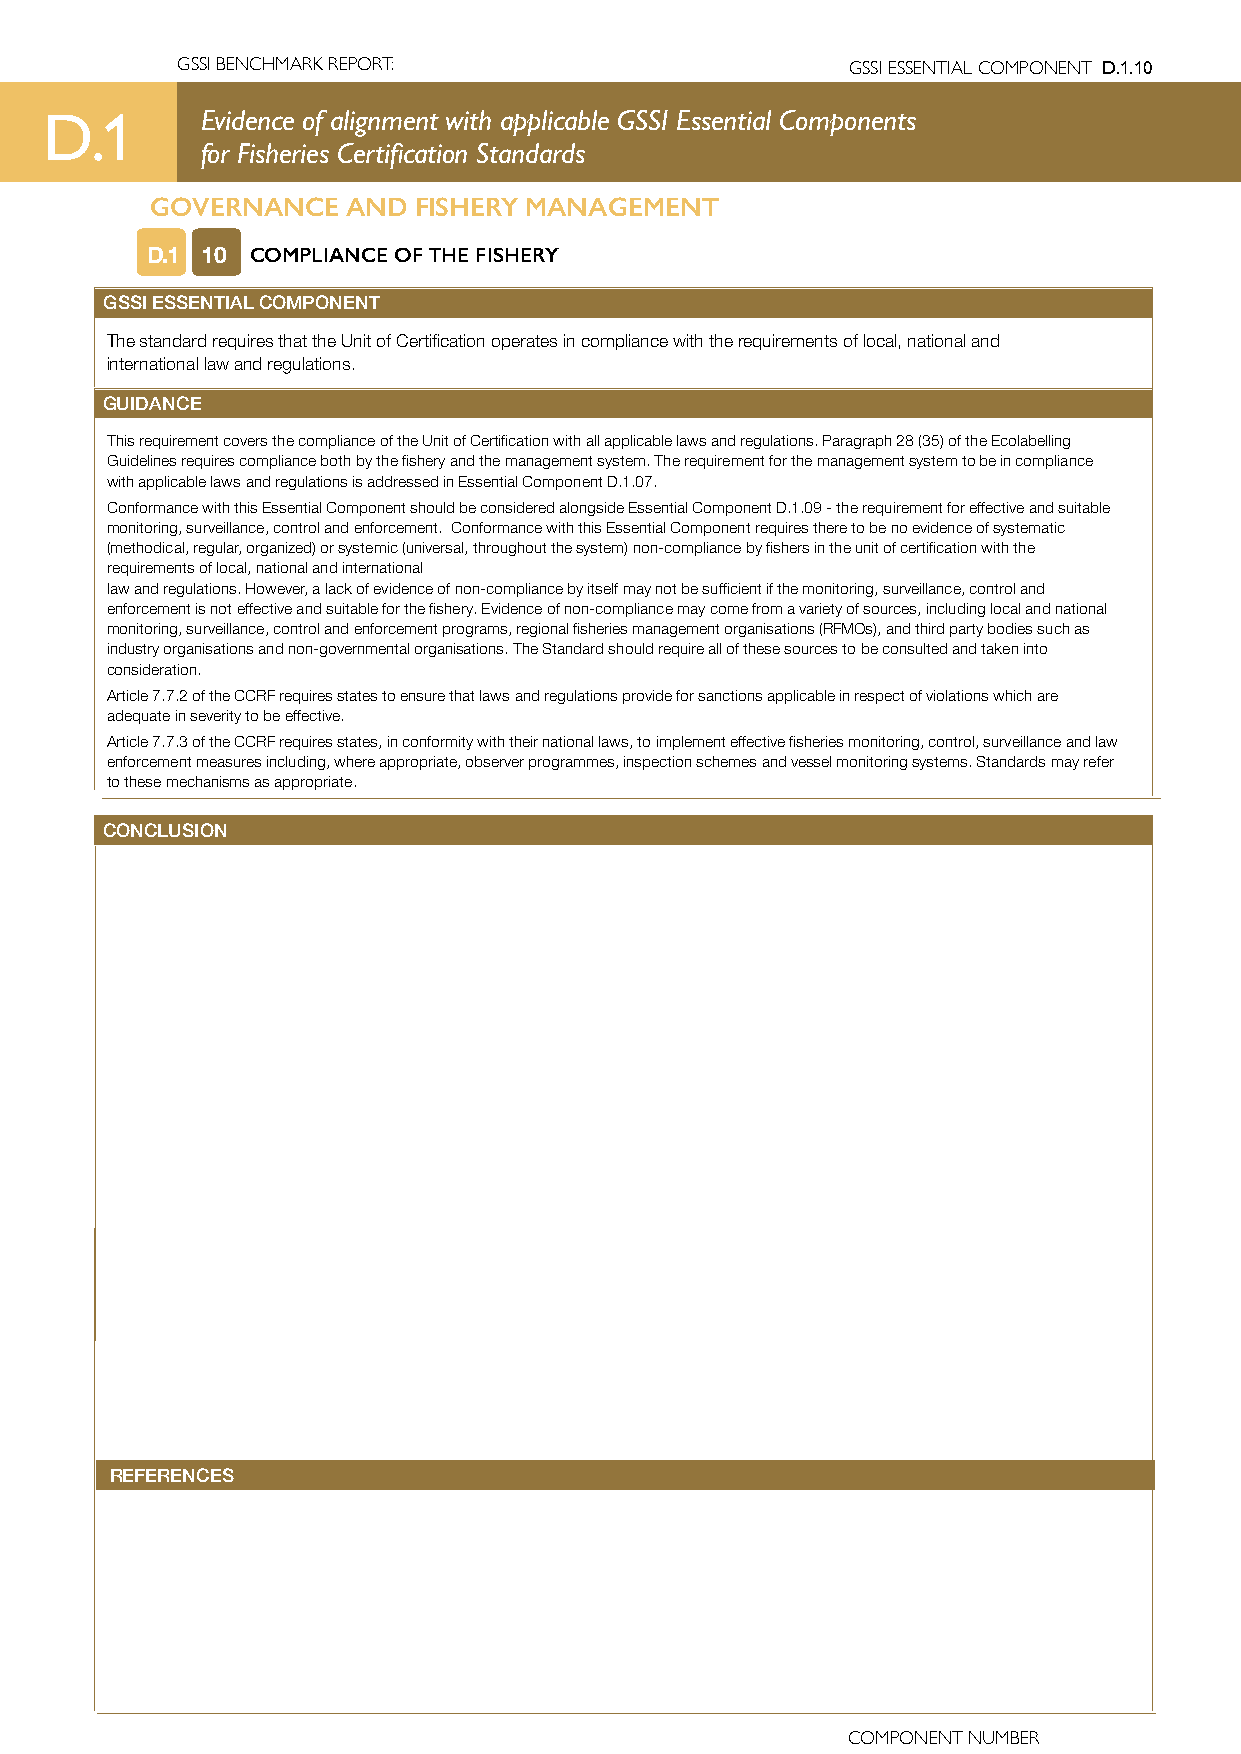
GSSI BENCHMARK REPORT:                      GSSI ESSENTIAL COMPONENT D.1.10
 D.1       Evidence of alignment with applicable GSSI Essential Components
 for Fisheries Certification Standards
 GOVERNANCE   AND FISHERY MANAGEMENT
 D.1 10 COMPLIANCE OF THE FISHERY
 GSSI ESSENTIAL COMPONENT
 The standard requires that the Unit of Certification operates in compliance with the requirements of local, national and
 international law and regulations.
 GUIDANCE
 This requirement covers the compliance of the Unit of Certification with all applicable laws and regulations. Paragraph 28 (35) of the Ecolabelling
 Guidelines requires compliance both by the fishery and the management system. The requirement for the management system to be in compliance
 with applicable laws and regulations is addressed in Essential Component D.1.07.
 Conformance with this Essential Component should be considered alongside Essential Component D.1.09 - the requirement for effective and suitable
 monitoring, surveillance, control and enforcement. Conformance with this Essential Component requires there to be no evidence of systematic
 (methodical, regular, organized) or systemic (universal, throughout the system) non-compliance by fishers in the unit of certification with the
 requirements of local, national and international
 law and regulations. However, a lack of evidence of non-compliance by itself may not be sufficient if the monitoring, surveillance, control and
 enforcement is not effective and suitable for the fishery. Evidence of non-compliance may come from a variety of sources, including local and national
 monitoring, surveillance, control and enforcement programs, regional fisheries management organisations (RFMOs), and third party bodies such as
 industry organisations and non-governmental organisations. The Standard should require all of these sources to be consulted and taken into
 consideration.
 Article 7.7.2 of the CCRF requires states to ensure that laws and regulations provide for sanctions applicable in respect of violations which are
 adequate in severity to be effective.
 Article 7.7.3 of the CCRF requires states, in conformity with their national laws, to implement effective fisheries monitoring, control, surveillance and law
 enforcement measures including, where appropriate, observer programmes, inspection schemes and vessel monitoring systems. Standards may refer
 to these mechanisms as appropriate.
 CONCLUSION
 REFERENCES
 COMPONENT NUMBER